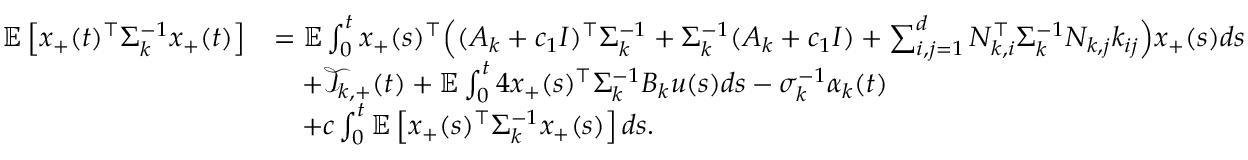
\begin{array} { r l } { \mathbb E \left[ x _ { + } ( t ) ^ { \top } \Sigma _ { k } ^ { - 1 } x _ { + } ( t ) \right] } & { = \mathbb E \int _ { 0 } ^ { t } x _ { + } ( s ) ^ { \top } \Big ( ( A _ { k } + c _ { 1 } I ) ^ { \top } \Sigma _ { k } ^ { - 1 } + \Sigma _ { k } ^ { - 1 } ( A _ { k } + c _ { 1 } I ) + \sum _ { i , j = 1 } ^ { d } N _ { k , i } ^ { \top } \Sigma _ { k } ^ { - 1 } N _ { k , j } k _ { i j } \Big ) x _ { + } ( s ) d s } \\ & { \quad + \mathcal T _ { k , + } ( t ) + \mathbb E \int _ { 0 } ^ { t } 4 x _ { + } ( s ) ^ { \top } \Sigma _ { k } ^ { - 1 } B _ { k } u ( s ) d s - \sigma _ { k } ^ { - 1 } \alpha _ { k } ( t ) } \\ & { \quad + c \int _ { 0 } ^ { t } \mathbb E \left[ x _ { + } ( s ) ^ { \top } \Sigma _ { k } ^ { - 1 } x _ { + } ( s ) \right] d s . } \end{array}